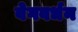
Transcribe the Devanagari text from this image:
वेगवर्धन